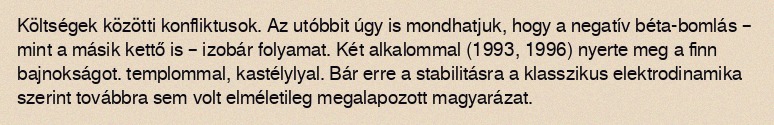
Költségek közötti konfliktusok. Az utóbbit úgy is mondhatjuk, hogy a negatív béta-bomlás – mint a másik kettő is – izobár folyamat. Két alkalommal (1993, 1996) nyerte meg a finn bajnokságot. templommal, kastélylyal. Bár erre a stabilitásra a klasszikus elektrodinamika szerint továbbra sem volt elméletileg megalapozott magyarázat.